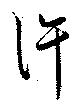
許